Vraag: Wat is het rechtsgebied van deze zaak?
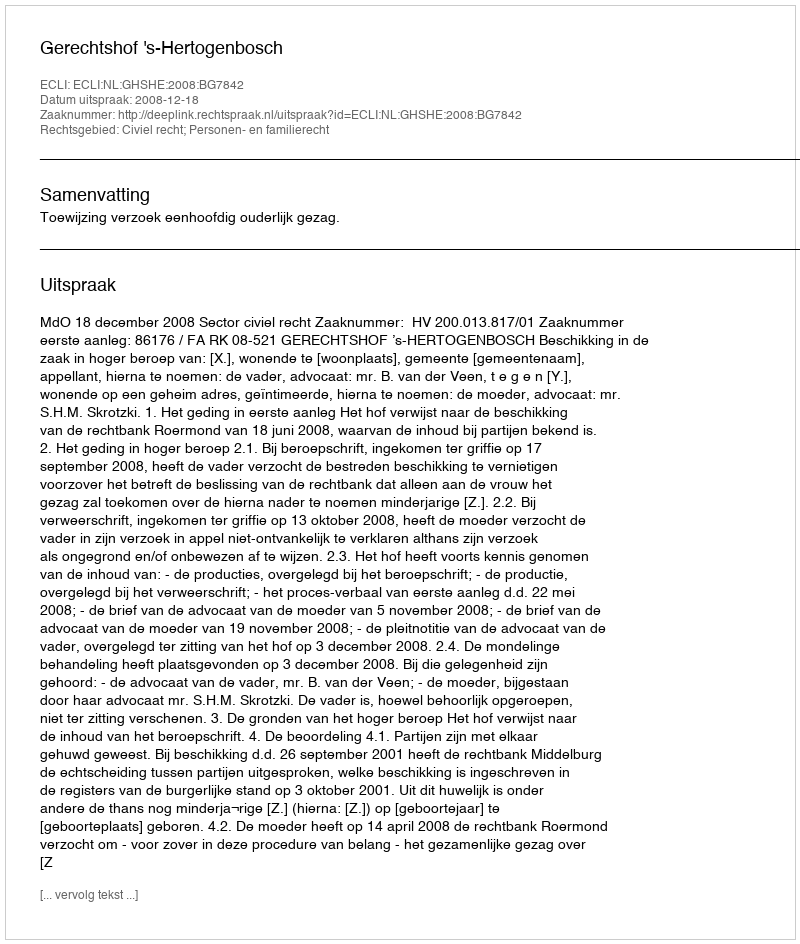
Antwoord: Civiel recht; Personen- en familierecht